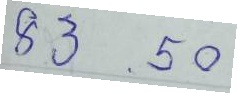
83 - 50